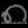
Digit: ၈